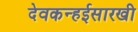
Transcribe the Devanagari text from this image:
देवकन्हईसारखी